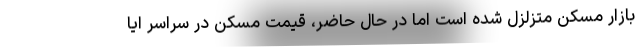
بازار مسکن متزلزل شده است اما در حال حاضر، قیمت مسکن در سراسر ایا